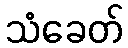
သံခေတ်